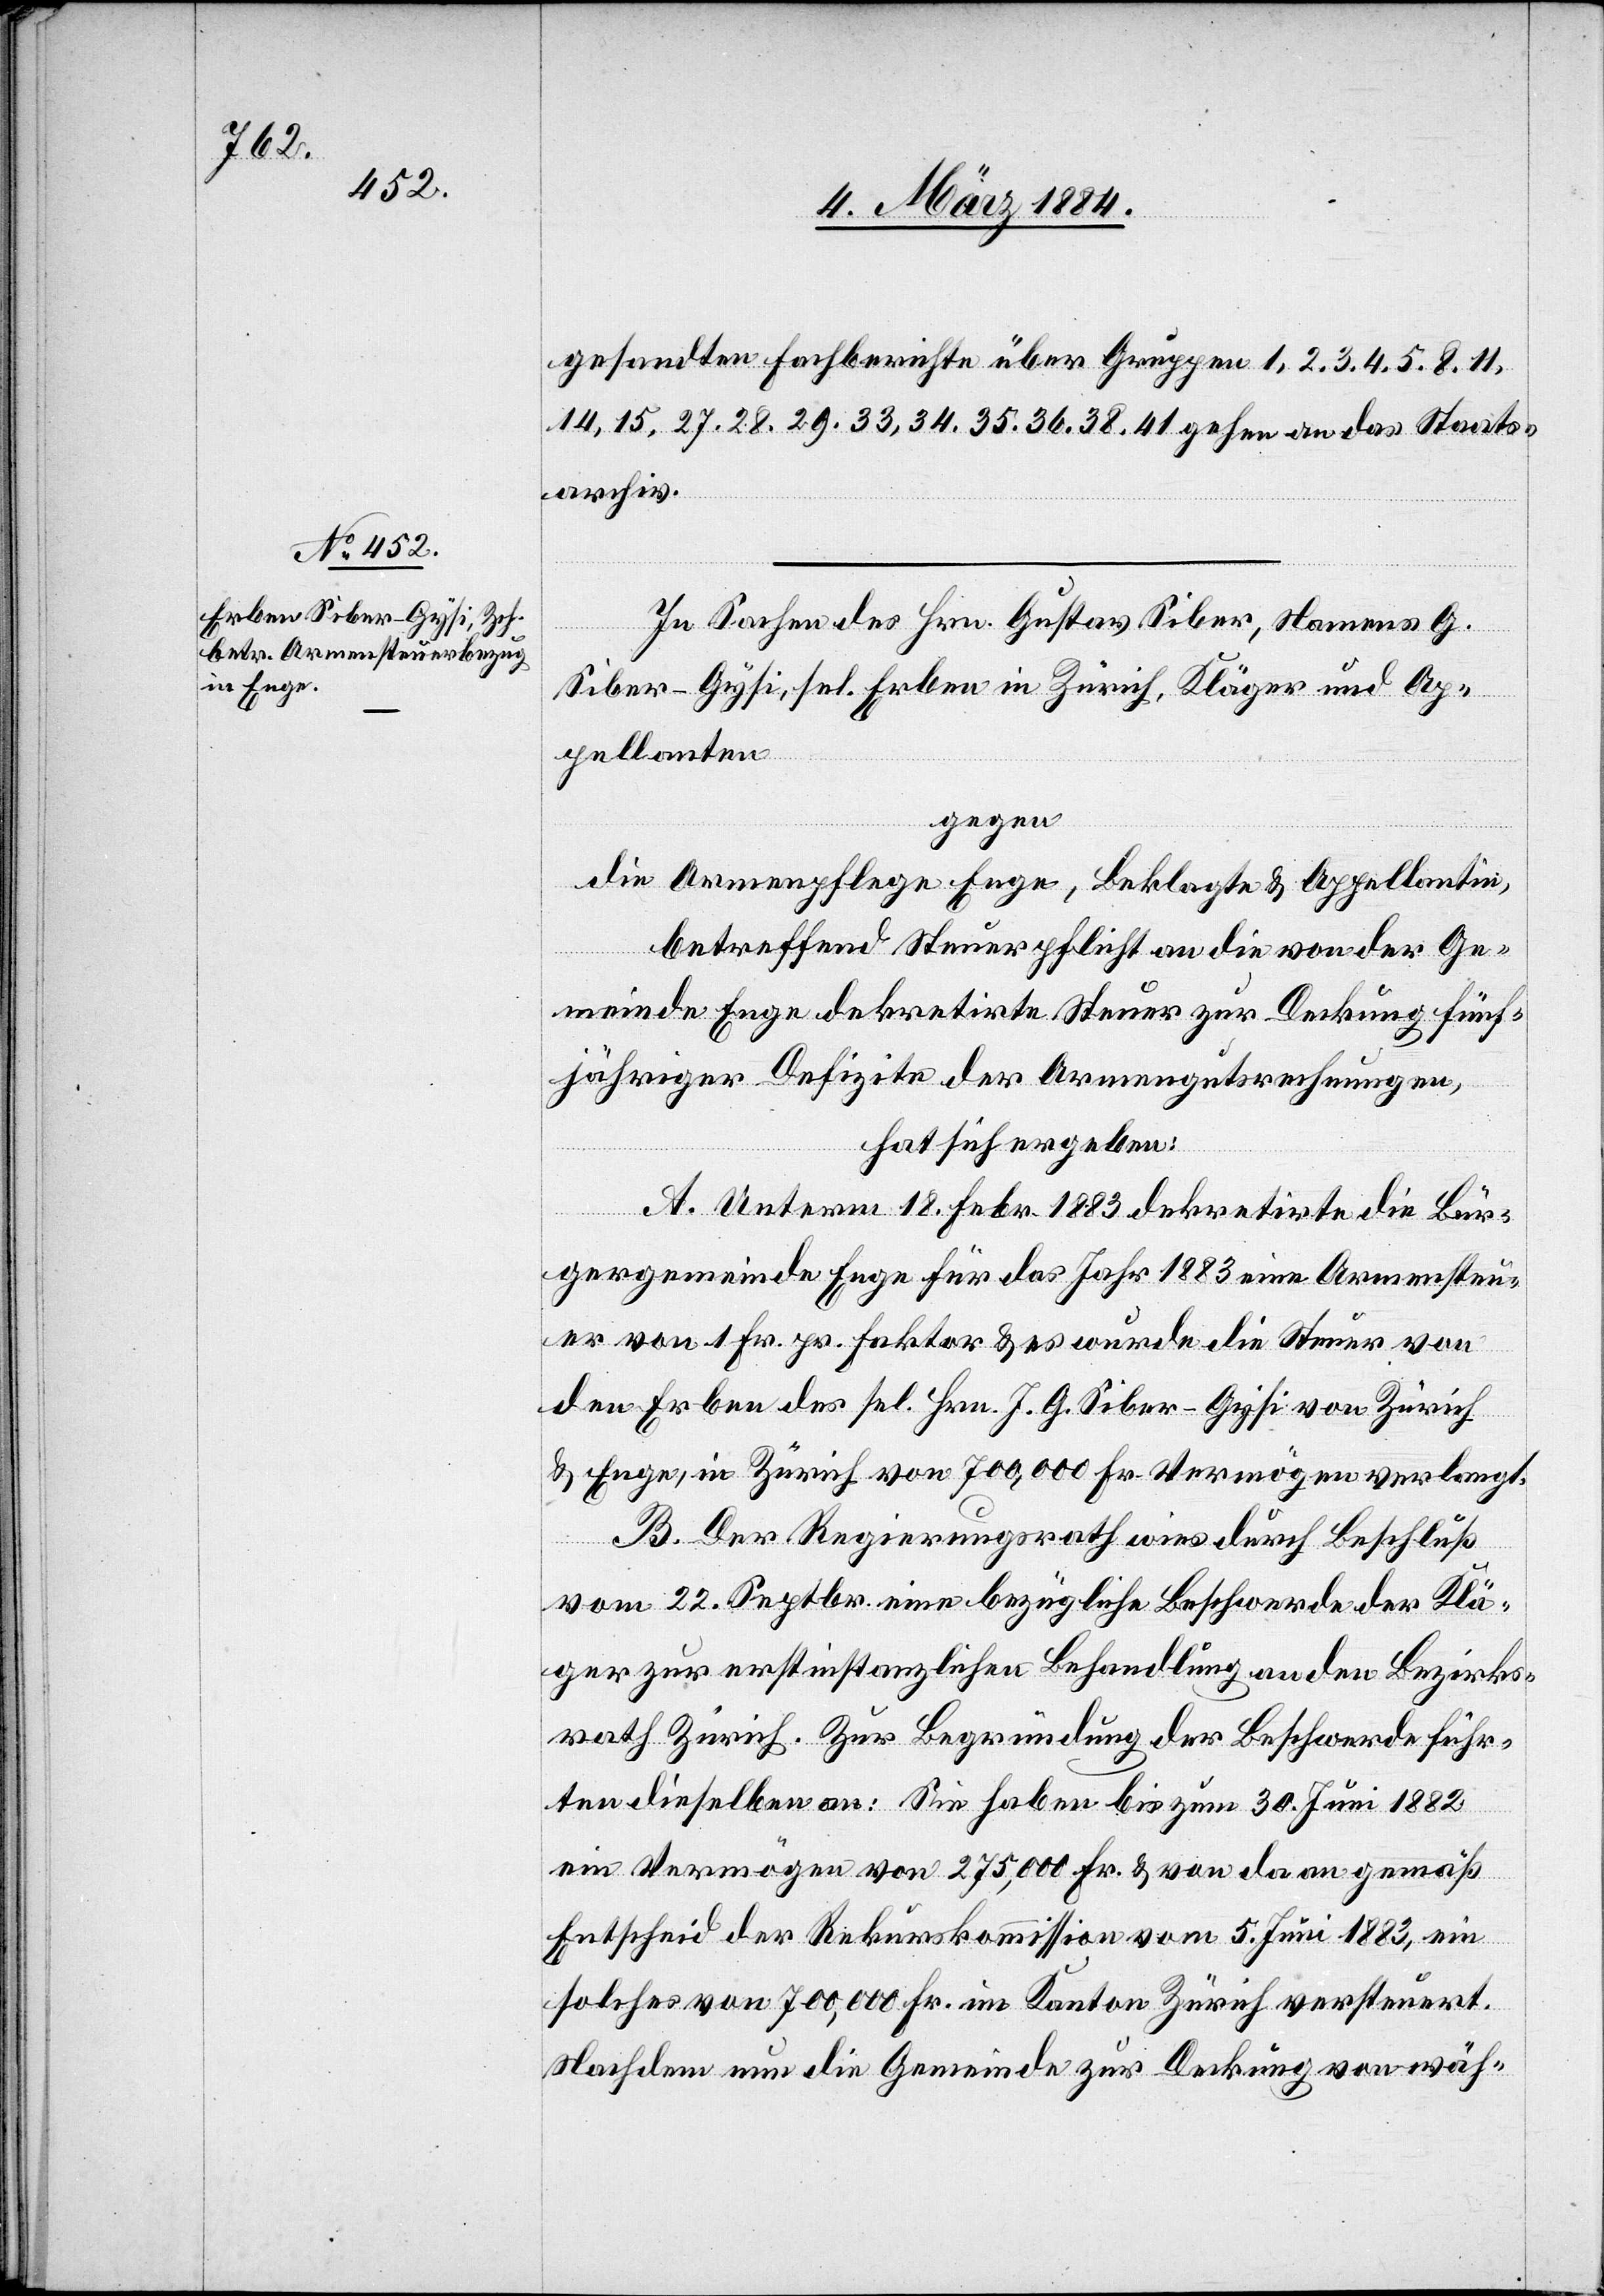
sandten Fachberichte über Gruppen 1, 2, 3, 4, 5, 8, 11,
14, 15, 27, 28, 29, 33, 34, 35, 36, 38, 41 gehen an das Staats¬
archiv.